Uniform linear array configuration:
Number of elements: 16
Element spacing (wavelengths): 0.5
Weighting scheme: cosine
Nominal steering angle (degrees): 60
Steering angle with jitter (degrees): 59.91
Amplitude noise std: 0.05
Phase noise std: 0.05

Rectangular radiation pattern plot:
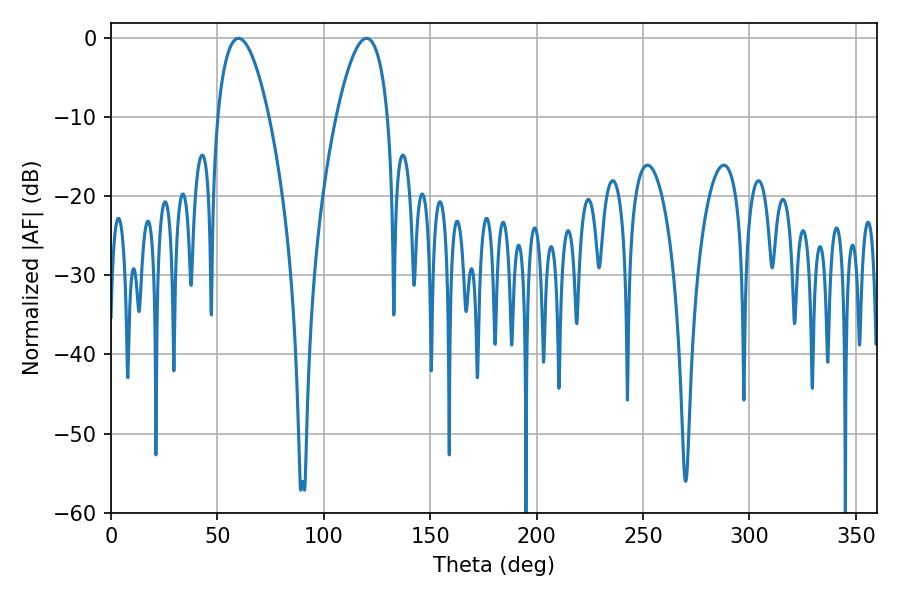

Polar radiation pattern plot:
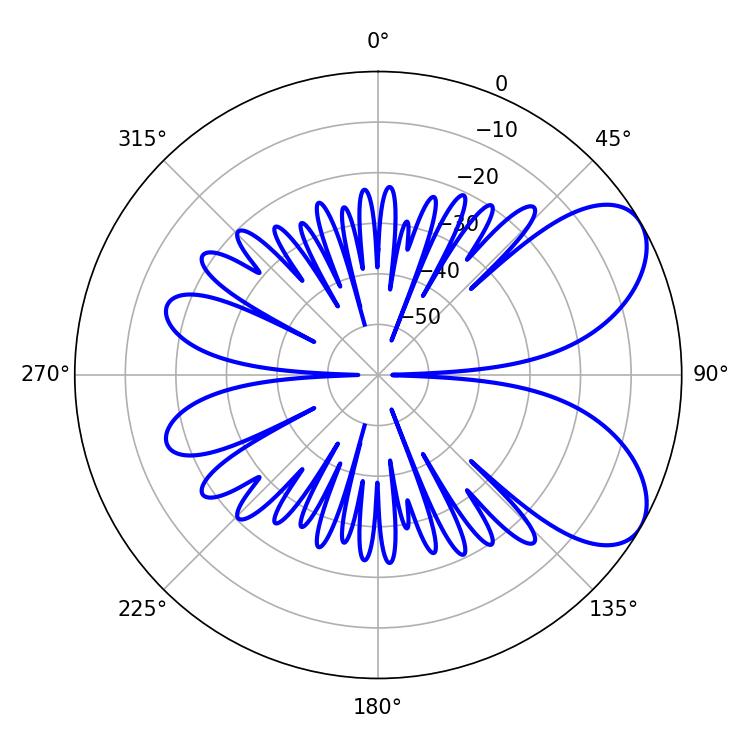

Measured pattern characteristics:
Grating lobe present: FALSE
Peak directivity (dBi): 6.723
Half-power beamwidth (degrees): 13.32
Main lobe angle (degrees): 59.94